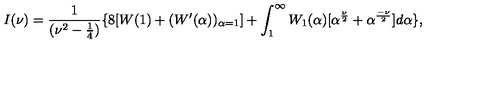
I ( \nu ) = \frac { 1 } { ( \nu ^ { 2 } - \frac { 1 } { 4 } ) } \{ 8 [ W ( 1 ) + ( W ^ { \prime } ( \alpha ) ) _ { \alpha = 1 } ] + \int _ { 1 } ^ { \infty } W _ { 1 } ( \alpha ) [ \alpha ^ { \frac { \nu } { 2 } } + \alpha ^ { \frac { - \nu } { 2 } } ] d \alpha \} ,